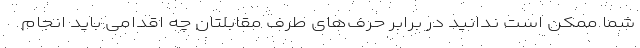
شما ممکن است ندانید در برابر حرف‌های طرف مقابلتان چه اقدامی باید انجام